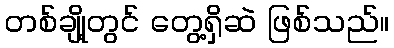
တစ်ချို့တွင် တွေ့ရှိဆဲ ဖြစ်သည်။